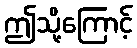
ဤသို့ကြောင့်